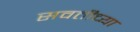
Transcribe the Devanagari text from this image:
सवतीच्या